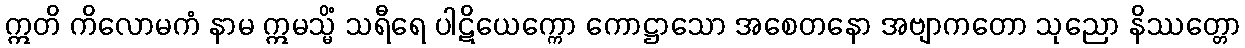
ဣတိ ကိလောမကံ နာမ ဣမသ္မိံ သရီရေ ပါဋိယေက္ကော ကောဋ္ဌာသော အစေတနော အဗျာကတော သုညော နိဿတ္တော